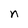
Character: n